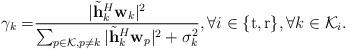
LaTeX: \begin{align*} \begin{aligned} \gamma_{k} = &\frac{|\tilde{\mathbf{h}}_{k}^H \mathbf{w}_{k}|^2}{\sum_{p \in \mathcal{K}, p\ne k}|\tilde{\mathbf{h}}_{k}^H \mathbf{w}_{p}|^2 + \sigma_{k}^2}, \forall i \in \{\mathrm{t,r}\}, \forall k \in \mathcal{K}_i. \end{aligned}\end{align*}